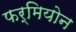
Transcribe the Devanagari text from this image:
फर्मियोन